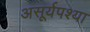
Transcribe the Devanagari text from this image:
असूर्यपश्या